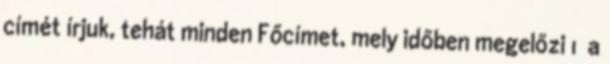
címét írjuk, tehát minden Főcímet, mely időben megelőzi 1 a